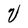
Character: V